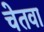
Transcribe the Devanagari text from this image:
चेतवा